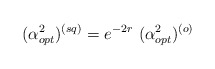
\begin{align*}(\alpha_{opt}^{2})^{(sq)}= e^{-2r}~(\alpha_{opt}^{2})^{(o)}\end{align*}